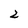
Character: 2